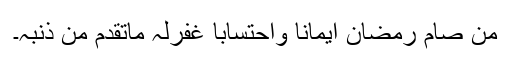
من صام رمضان ایمانا واحتسابا غفرلہ ماتقدم من ذنبہ۔